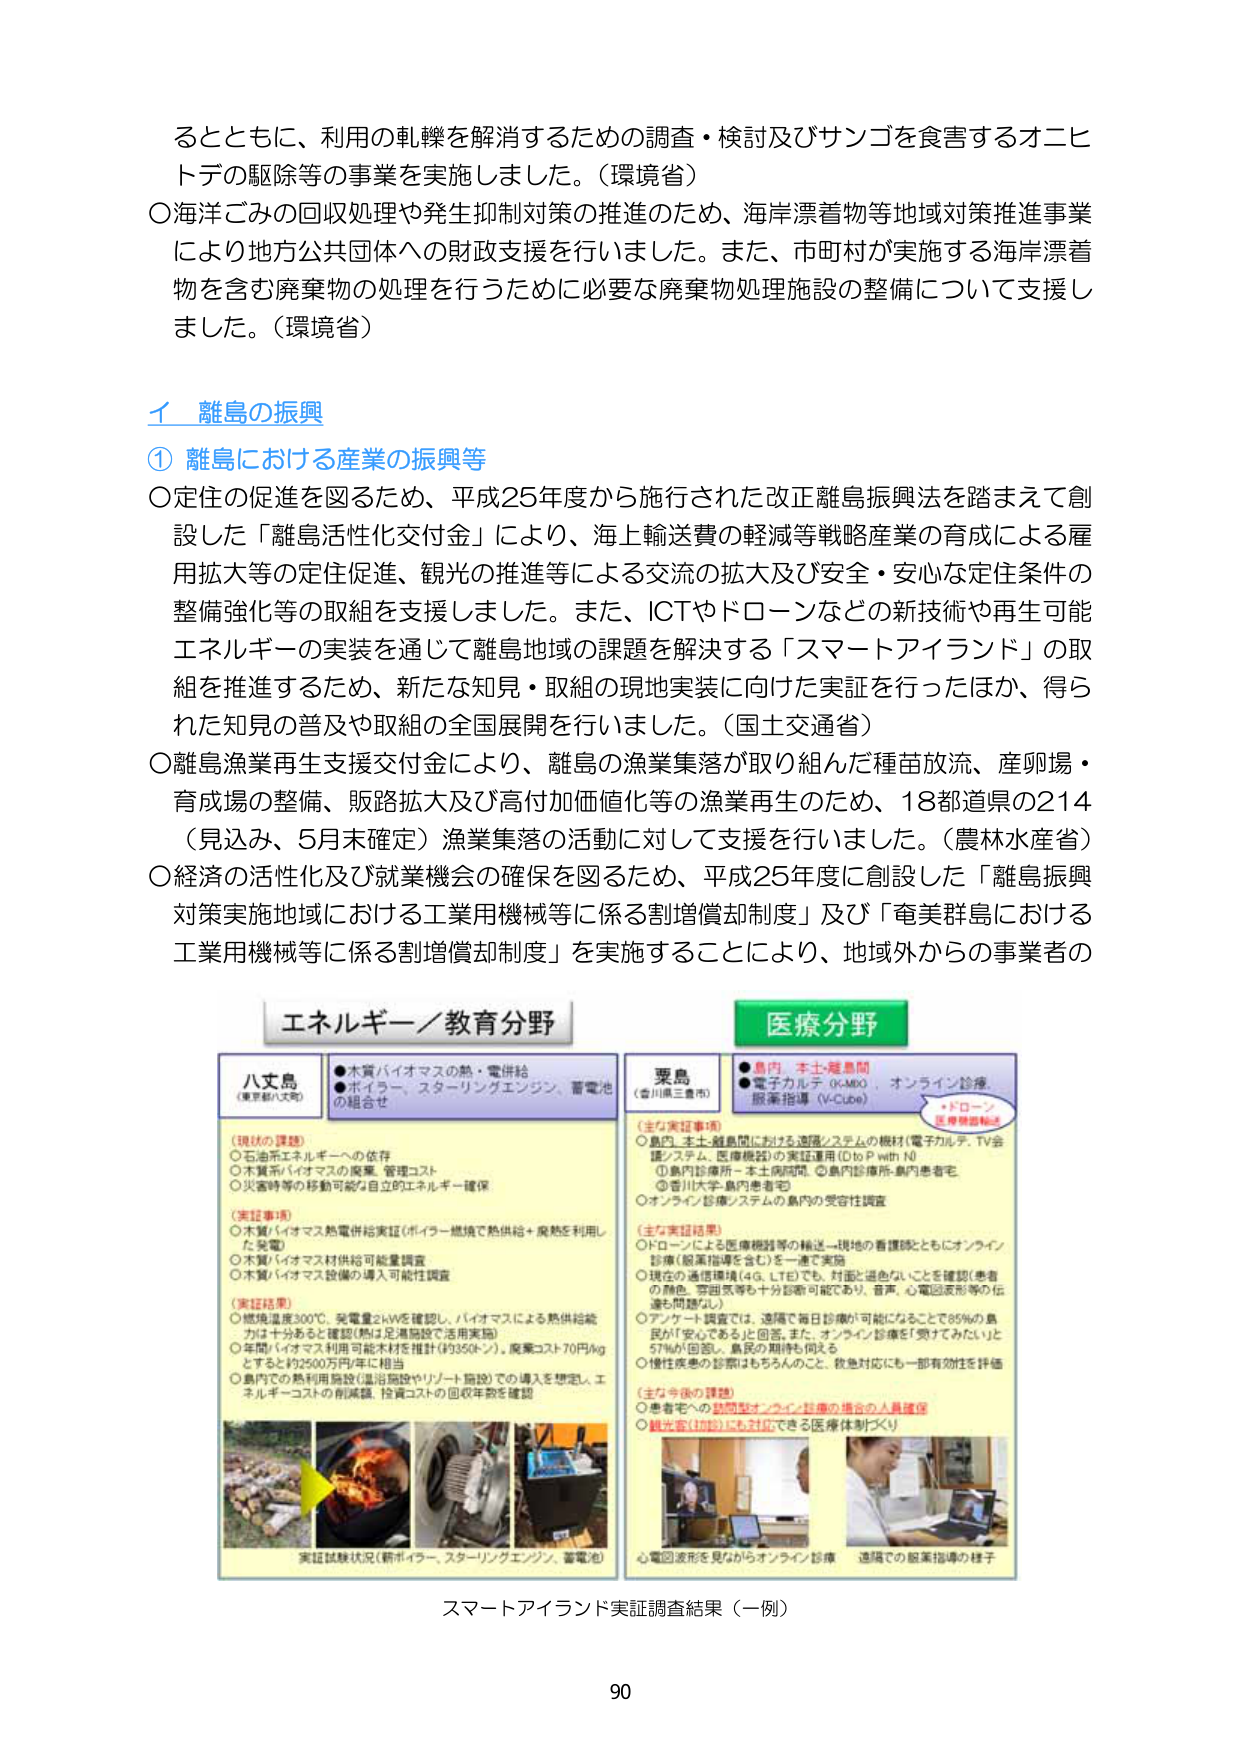
るとともに、利用の軌轍を解消するための調査・検討及びサンゴを食害するオニヒトデの駆除等の事業を実施しました。（環境省）
○海洋ごみの回収処理や発生抑制対策の推進のため、海岸漂着物等地域対策推進事業により地方公共団体への財政支援を行いました。また、市町村が実施する海岸漂着物を含む廃棄物の処理を行うために必要な廃棄物処理施設の整備について支援しました。（環境省）

イ 離島の振興
① 離島における産業の振興等
○定住の促進を図るため、平成25年度から施行された改正離島振興法を踏まえて創設した「離島活性化交付金」により、海上輸送費の軽減等戦略産業の育成による雇用拡大等の定住促進、観光の推進等による交流の拡大及び安全・安心な定住条件の整備強化等の取組を支援しました。また、ICTやドローンなどの新技術や再生可能エネルギーの実装を通じて離島地域の課題を解決する「スマートアイランド」の取組を推進するため、新たな知見・取組の現地実装に向けた実証を行ったほか、得られた知見の普及や取組の全国展開を行いました。（国土交通省）
○離島漁業再生支援交付金により、離島の漁業集落が取り組んだ種苗放流、産卵場・育成場の整備、販路拡大及び高付加価値化等の漁業再生のため、18都道県の214（見込み、5月末確定）漁業集落の活動に対して支援を行いました。（農林水産省）
○経済の活性化及び就業機会の確保を図るため、平成25年度に創設した「離島振興対策実施地域における工業用機械等に係る割増償却制度」及び「奄美群島における工業用機械等に係る割増償却制度」を実施することにより、地域外からの事業者の

エネルギー／教育分野
八丈島（東京都八丈町）
●木質バイオマスの熱・電併給
●ボイラー、スターリングエンジン、蓄電池の組合せ

（現状の課題）
○石油系エネルギーへの依存
○木質系バイオマスの廃棄、管理コスト
○災害時等の移動可能な自立的エネルギー確保

（実証事項）
○木質バイオマス熱電併給実証（ボイラー燃焼で熱供給＋腐熟を利用した発電）
○木質バイオマス材供給可能量調査
○木質バイオマス設備の導入可能性調査

（実証結果）
○燃焼温度300℃、発電量2kWを確認し、バイオマスによる熱供給能力は十分あると確認（熱は足湯施設で活用実施）
○年間バイオマス利用可能木材を推計（約350トン）、廃棄コスト70円/kgとすると約2500万円/年に相当
○島内での熱利用施設（温浴施設やリゾート施設）での導入を想定し、エネルギーコストの削減額、投資コストの回収年数を確認

実証試験状況（新ボイラー、スターリングエンジン、蓄電池）

医療分野
粟島（香川県三豊市）
●島内・本土・離島間
●電子カルテ（K-MED）、オンライン診療、服薬指導（V-Cube）
*ドローン医療物資輸送

（主な実証事項）
○島内・本土・離島間における遠隔システムの検討（電子カルテ、TV会議システム、医療機器）の実証運用（D to P with N）
①島内診療所－本土病院間、②島内診療所－島内患者宅、③香川大学－島内患者宅
○オンライン診療システムの島内の受容性調査

（主な実証結果）
○ドローンによる医療機器等の輸送－現地の看護師とともにオンライン診療（服薬指導を含む）を一連で実施
○現在の遠隔環境（4G、LTE）でも、対面と遜色ないことを確認（患者の顔色、筋肉反応等も十分診断可能であり、音声、心電図波形等の伝達も問題なし）
○アンケート調査では、遠隔で毎日診療が可能になることで85％の島民が「安心である」と回答。また、オンライン診療を受けてみたいと57％が回答し、島民の期待も伺える
○慢性疾患の診療はもちろんのこと、救急対応にも一部有効性を評価

（主な今後の課題）
○患者宅への訪問型オンライン診療の複合的人員確保
○観光客（訪問）にも対応できる医療体制づくり

心電図波形を見ながらオンライン診療 遠隔での服薬指導の様子

スマートアイランド実証調査結果（一例）
90